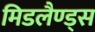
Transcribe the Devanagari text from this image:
मिडलैण्ड्स